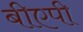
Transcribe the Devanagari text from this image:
बीएपी